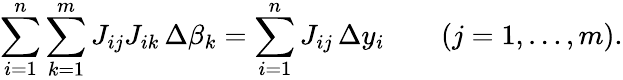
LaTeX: \sum_{i=1}^{n}\sum_{k=1}^{m}J_{ij}J_{ik}\, \Delta\beta_{k}=\sum_{i=1}^{n}J_{ij}\, \Delta y_{i}\qquad(j=1,\ldots,m).